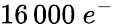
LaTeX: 16\, 000~e^{-}